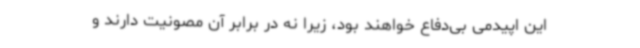
این اپیدمی بی‌دفاع خواهند بود، زیرا نه در برابر آن مصونیت دارند و